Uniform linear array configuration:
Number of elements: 64
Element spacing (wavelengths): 1
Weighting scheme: exponential
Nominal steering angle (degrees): -15
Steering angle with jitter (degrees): -16.797
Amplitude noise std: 0.05
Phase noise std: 0.05

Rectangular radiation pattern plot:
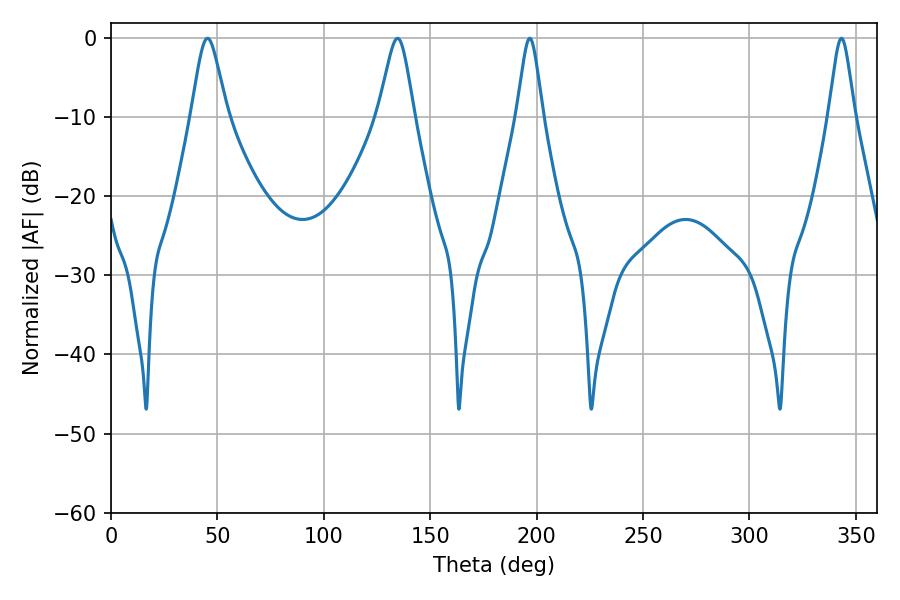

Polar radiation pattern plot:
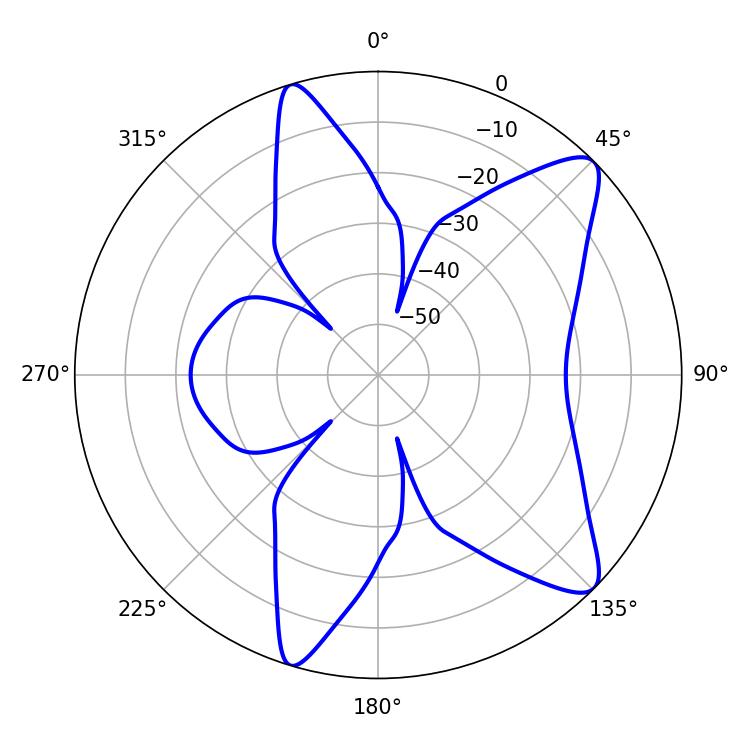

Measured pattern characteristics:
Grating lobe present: TRUE
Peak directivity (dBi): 10.348
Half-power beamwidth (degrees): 8.1
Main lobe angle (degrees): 45.36